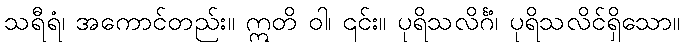
သရီရံ၊ အကောင်တည်း။ ဣတိ ဝါ၊ ၎င်း။ ပုရိသလိင်္ဂံ၊ ပုရိသလိင်ရှိသော။